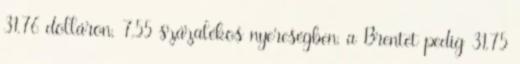
31,76 dolláron, 7,55 százalékos nyereségben, a Brentet pedig 31,75